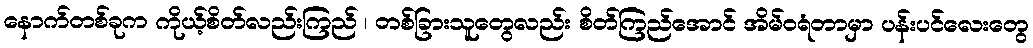
နောက်တစ်ခုက ကိုယ့်စိတ်လည်းကြည် ၊ တစ်ခြားသူတွေလည်း စိတ်ကြည်အောင် အိမ်ဝရံတာမှာ ပန်းပင်လေးတွေ